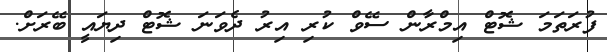
ފުރަތަމަ ޝޮޓް އިމްރާން ސޭވް ކުރި އިރު ދެވަނަ ޝޮޓް ދިޔައީ ބޭރަށް.